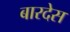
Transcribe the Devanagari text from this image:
बारदेस